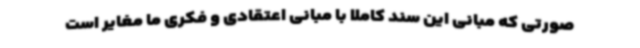
صورتی که مبانی این سند کاملاً با مبانی اعتقادی و فکری ما مغایر است